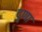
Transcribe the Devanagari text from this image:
दुणा